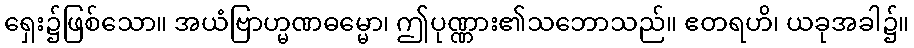
ရှေး၌ဖြစ်သော။ အယံဗြာဟ္မဏဓမ္မော၊ ဤပုဏ္ဏား၏သဘောသည်။ ဧတရဟိ၊ ယခုအခါ၌။